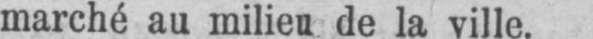
marché au milieu de la ville.